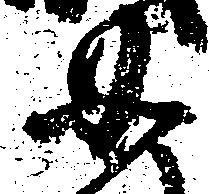
如